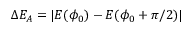
\Delta E _ { A } = | E ( \phi _ { 0 } ) - E ( \phi _ { 0 } + \pi / 2 ) |